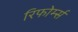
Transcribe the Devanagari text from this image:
रिफोर्म्स